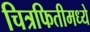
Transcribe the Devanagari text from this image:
चित्रफितीमध्ये